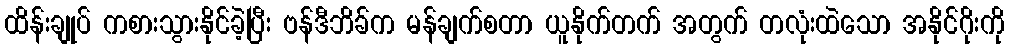
ထိန်းချုပ် ကစားသွားနိုင်ခဲ့ပြီး ဗန်ဒီဘိခ်က မန်ချက်စတာ ယူနိုက်တက် အတွက် တလုံးထဲသော အနိုင်ဂိုးကို